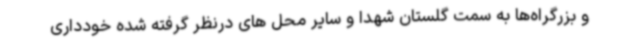
و بزرگراه‌ها به سمت گلستان شهدا و سایر محل های درنظر گرفته شده خودداری